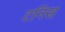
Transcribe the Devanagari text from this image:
टनिस